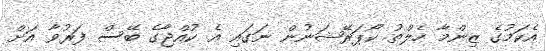
އެކަމުގެ ޒިންމާ ހެލްތު ކޯޕަރޭޝަނުން ނަގައި އެ ކުއްޖާގެ ބޭސް ފަރުވާ އަށް